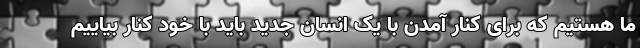
ما هستیم که برای کنار آمدن با یک انسان جدید باید با خود کنار بیاییم